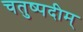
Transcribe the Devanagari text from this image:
चतुष्पदीम्